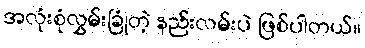
အလုံးစုံလွှမ်းခြုံတဲ့ နည်းလမ်းပဲ ဖြစ်ပါတယ်။